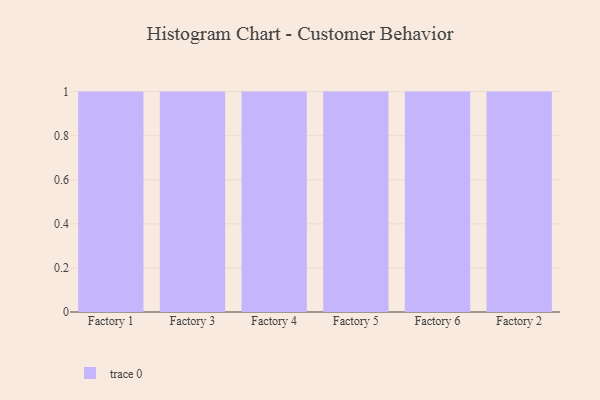
{"axis": {"x": "Factory", "y": "Operating Costs (USD K)"}, "legend": [""], "data": [{"x": "Factory 1", "y": 72, "type": ""}, {"x": "Factory 3", "y": 92, "type": ""}, {"x": "Factory 4", "y": 64, "type": ""}, {"x": "Factory 5", "y": 12, "type": ""}, {"x": "Factory 6", "y": 80, "type": ""}, {"x": "Factory 2", "y": 68, "type": ""}]}